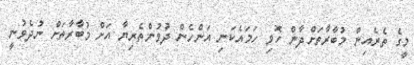
މީގެ ތެރެއިން މުބާރާތަށްދާން ހޮވި ހަމައެކަނި އަންހެން ދުވުންތެރިޔާ އަށް މުބާރާތަށް ނުދެވުނީ